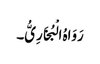
رَوَاہُ الْبُخَارِیُّ۔